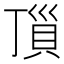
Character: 𧵜